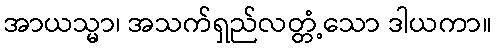
အာယသ္မာ၊ အသက်ရှည်လတ္တံ့သော ဒါယကာ။